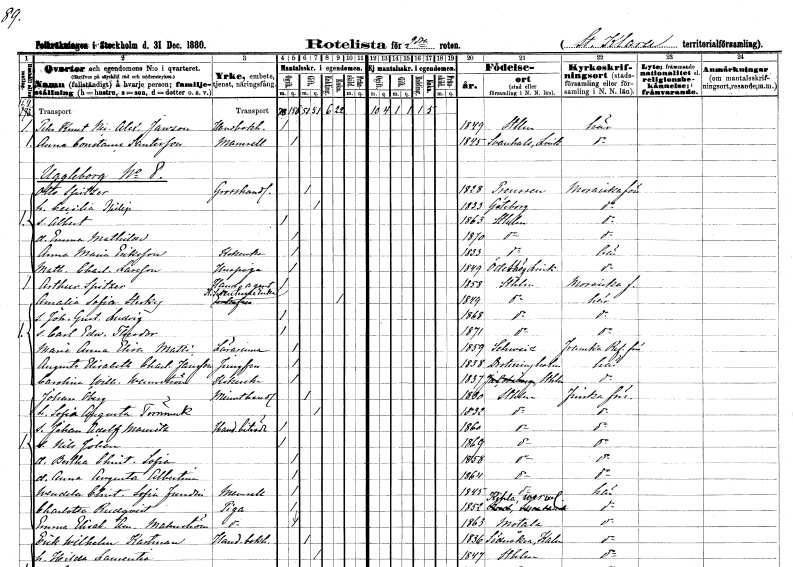
gt_parse: households: individuals: FN: Pehr Knut Nicolaus Alexander
EN: Janzon
YRKE: Handelsbokhållare
KON: M
CIV: O
FODAR: 1849
FODFORS: Stockholm
FN: Anna Constance
EN: Santesson
KON: K
CIV: O
FODAR: 1845
FODFORS: Svanshals Östergötlands län
FN: Otto
EN: Spitzer
YRKE: Grosshandlare
KON: M
CIV: G
FODAR: 1828
FN: Cecilia
EN: Philip
KON: K
CIV: G
FODAR: 1833
FODFORS: Göteborg Göteborgs- och Bohuslän
FN: Albert
KON: M
CIV: O
FODAR: 1863
FODFORS: Stockholm
FN: Emma Mathilda
KON: K
CIV: O
FODAR: 1870
FODFORS: Stockholm
FN: Anna Maria
EN: Eriksson
YRKE: Kokerska
KON: K
CIV: O
FODAR: 1833
FODFORS: Stockholm
FN: Mathilda Charlotta
EN: Larsson
YRKE: Huspiga
KON: K
CIV: O
FODAR: 1849
FODFORS: Ödeshög Östergötlands län
FN: Arthur
EN: Spitzer
YRKE: Handelsagent
KON: M
CIV: O
FODAR: 1858
FODFORS: Stockholm
FN: Amalia Sofia
EN: Sterky
YRKE: Kammarsekreterareänka
KON: K
CIV: E
FODAR: 1849
FODFORS: Stockholm
FN: Johan Gustaf Ludvig
KON: M
CIV: O
FODAR: 1868
FODFORS: Stockholm
FN: Carl Edward Theodor
KON: M
CIV: O
FODAR: 1871
FODFORS: Stockholm
FN: Maria Anna Elisa
EN: Matté
YRKE: Lärarinna
KON: K
CIV: O
FODAR: 1859
FN: Augusta Elisabeth Charlotta
EN: Jansson
YRKE: Jungfru
KON: K
CIV: O
FODAR: 1838
FODFORS: Lovö Stockholms län
FN: Carolina Wilhelmina
EN: Wennström
YRKE: Kokerska
KON: K
CIV: O
FODAR: 1837
FODFORS: Stockholm
FN: Johan
EN: Öberg
YRKE: Minuthandlare
KON: M
CIV: G
FODAR: 1830
FODFORS: Stockholm
FN: Sofia Augusta
EN: Törnmark
KON: K
CIV: G
FODAR: 1832
FODFORS: Stockholm
FN: Johan Adolf Mauritz
YRKE: Handelsbiträde
KON: M
CIV: O
FODAR: 1860
FODFORS: Stockholm
FN: Nils Johan
KON: M
CIV: O
FODAR: 1869
FODFORS: Stockholm
FN: Bertha Christina Sofia
KON: K
CIV: O
FODAR: 1858
FODFORS: Stockholm
FN: Anna Augusta Albertina
KON: K
CIV: O
FODAR: 1864
FODFORS: Stockholm
FN: Wendela Christina Sofia
EN: Fundin
KON: K
CIV: O
FODAR: 1845
FODFORS: Stockholm
FN: Charlotta
EN: Rudqvist
YRKE: Piga
KON: K
CIV: O
FODAR: 1852
FODFORS: Kila Värmlands län
FN: Emma Elisabet Amalia
EN: Malmström
YRKE: Piga
KON: K
CIV: O
FODAR: 1863
FODFORS: Motala Östergötlands län